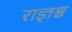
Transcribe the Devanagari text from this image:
राज्ञश्च